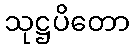
သုဋ္ဌပိတော